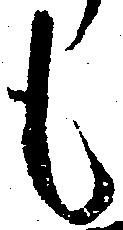
も